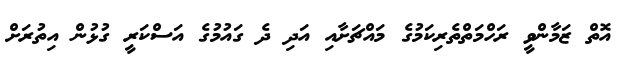
އޮތް ޒަމާންވީ ރަހްމަތްތެރިކަމުގެ މައްޗަށާއި އަދި ދެ ގައުމުގެ އަސްކަރީ ގުޅުން އިތުރަށް